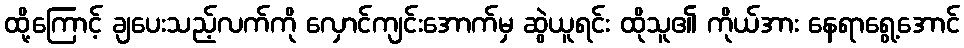
ထို့ကြောင့် ချပေးသည့်လက်ကို လှောင်ကျင်းအောက်မှ ဆွဲယူရင်း ထိုသူ၏ ကိုယ်အား နေရာရွေ့အောင်